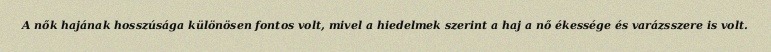
A nők hajának hosszúsága különösen fontos volt, mivel a hiedelmek szerint a haj a nő ékessége és varázsszere is volt.